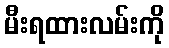
မီးရထားလမ်းကို